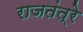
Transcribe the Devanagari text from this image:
राजतंत्रे